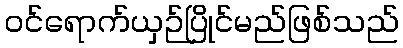
ဝင်ရောက်ယှဉ်ပြိုင်မည်ဖြစ်သည်